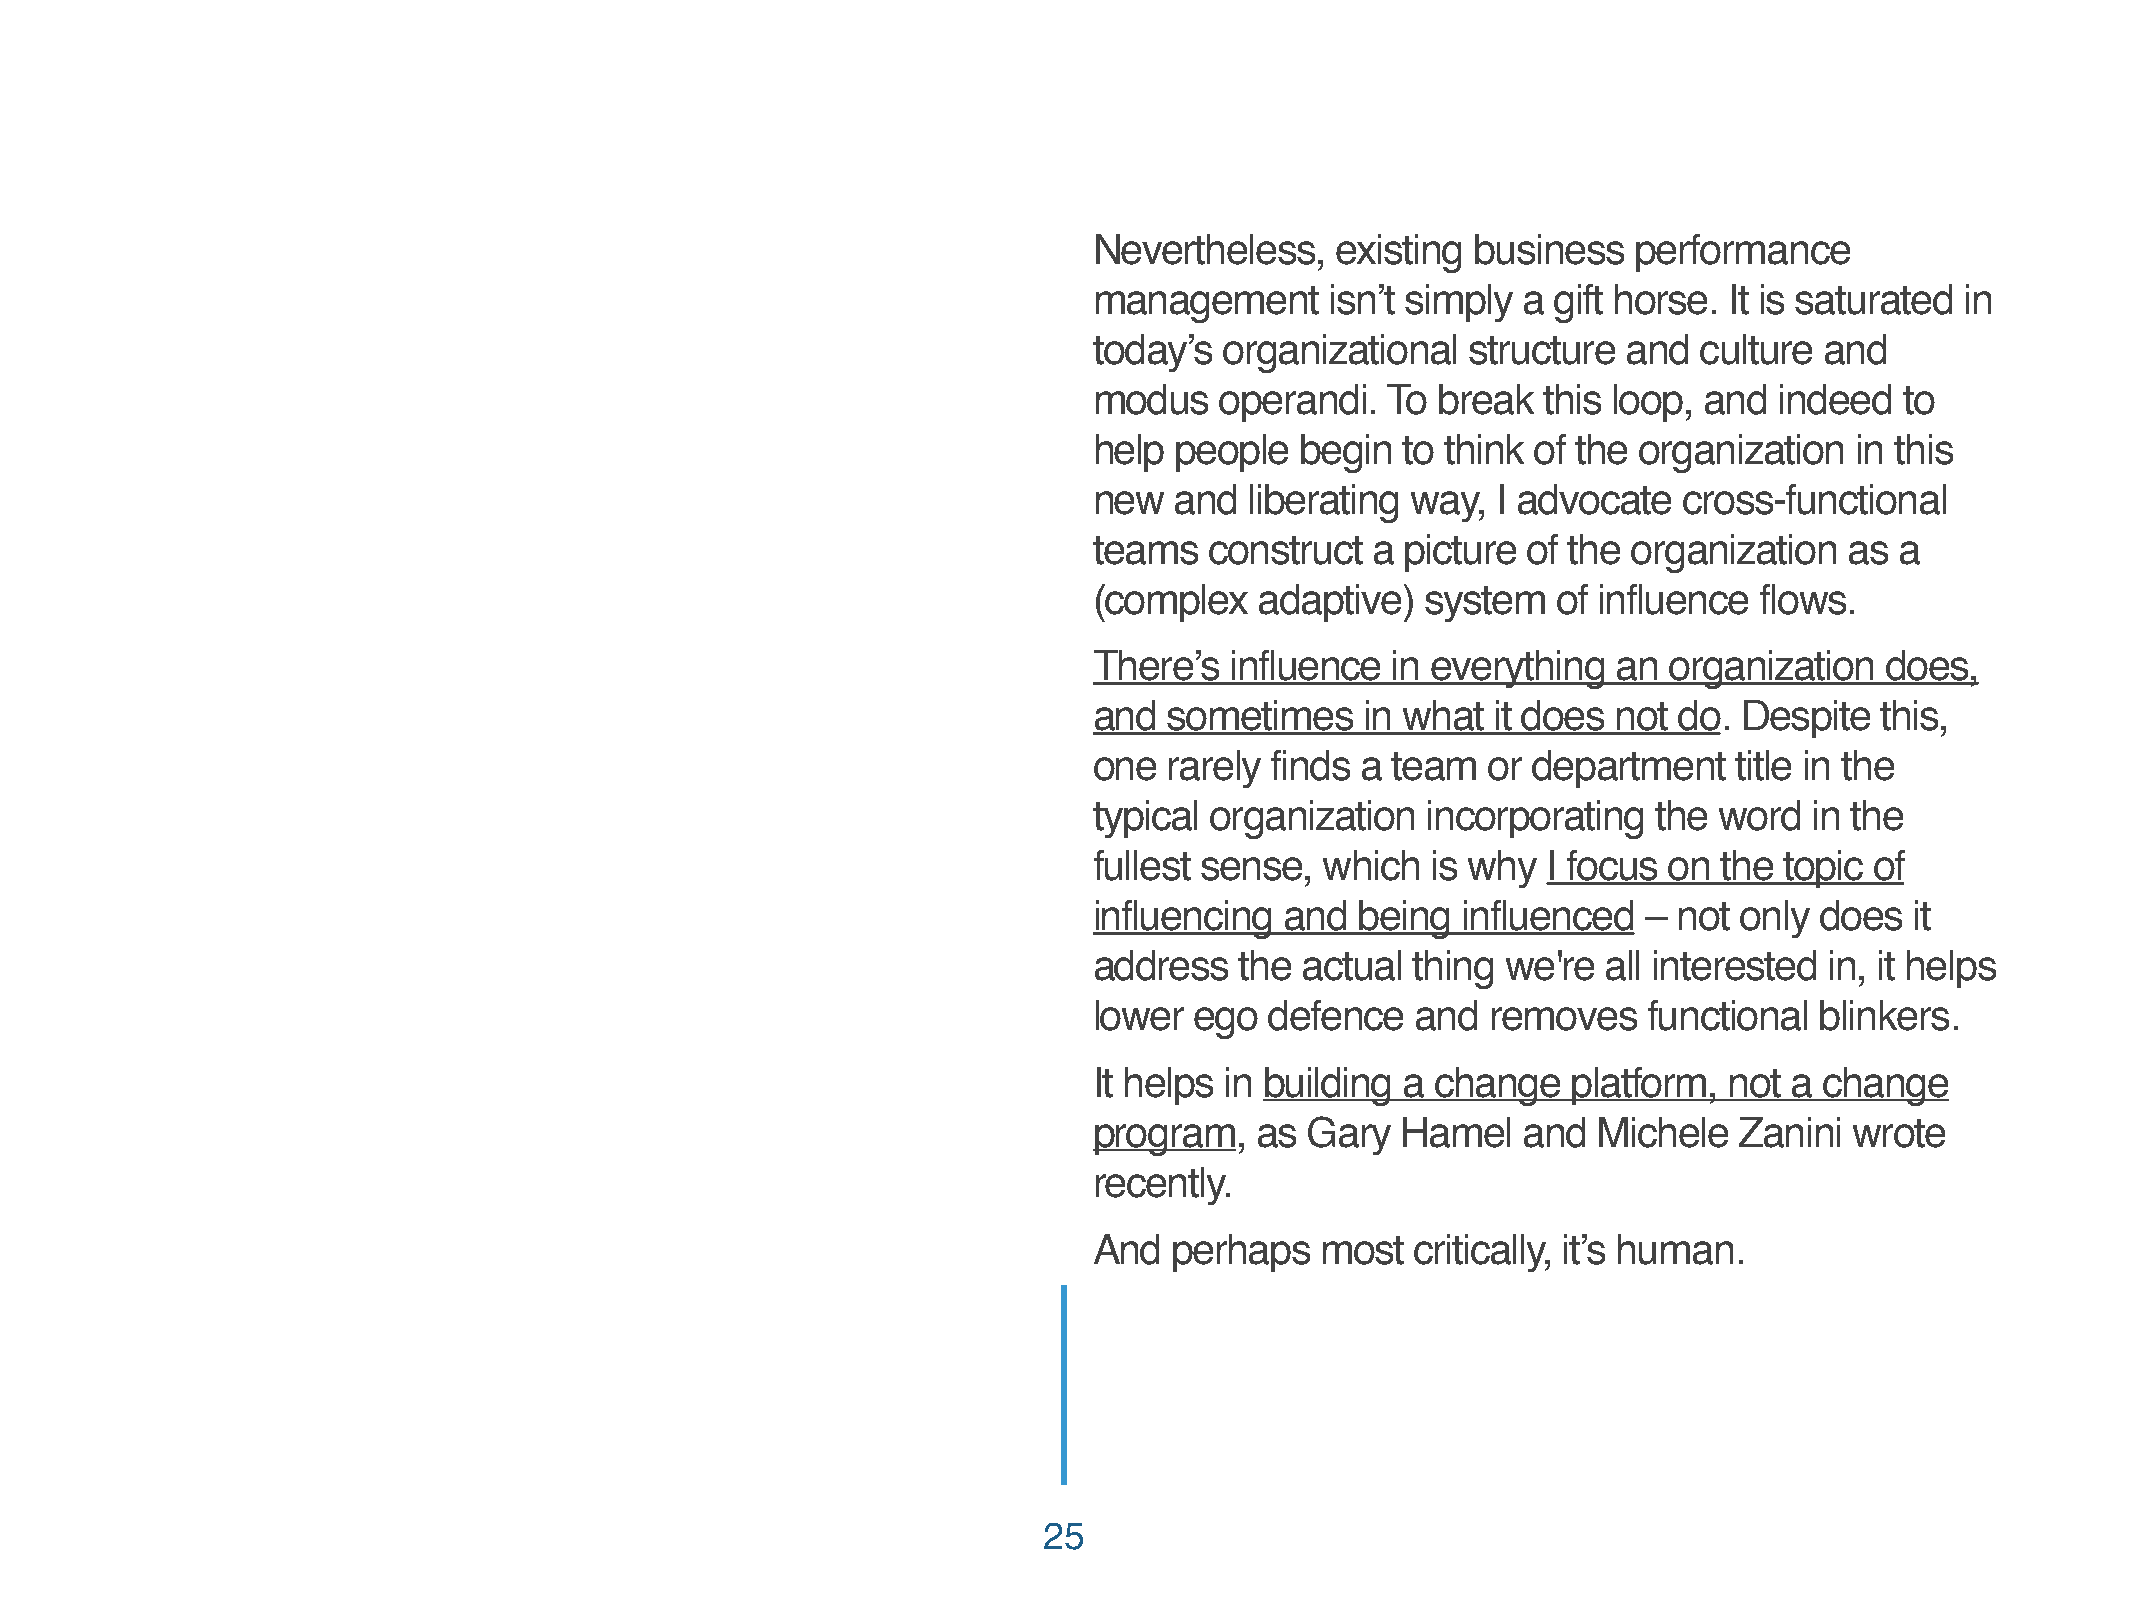
Nevertheless,   existing  business  performance
 management      isn’t simply a gift horse. It is saturated in
 today’s  organizational  structure  and culture  and
 modus    operandi.  To break  this loop, and  indeed  to
 help  people  begin  to think of the organization  in this
 new   and  liberating way, I advocate  cross-functional
 teams   construct  a picture of the organization  as  a
 (complex   adaptive)  system   of influence flows.
 There’s  influence  in everything  an organization   does,
 and  sometimes    in what  it does not do. Despite  this,
 one  rarely finds a team   or department   title in the
 typical organization  incorporating   the word  in the
 fullest sense,  which  is why I focus on  the topic of
 influencing  and  being  influenced  – not only does   it
 address   the actual  thing we're all interested in, it helps
 lower  ego  defence   and  removes   functional blinkers.
 It helps in building a change   platform, not  a change
 program,   as Gary   Hamel   and  Michele  Zanini  wrote
 recently.
 And   perhaps  most   critically, it’s human.
 25